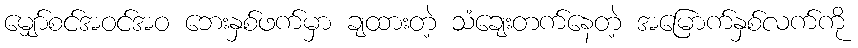
မျှော်စင်အဝင်အဝ ဘေးနှစ်ဖက်မှာ ချထားတဲ့ သံချေးတက်နေတဲ့ အမြောက်နှစ်လက်ကို